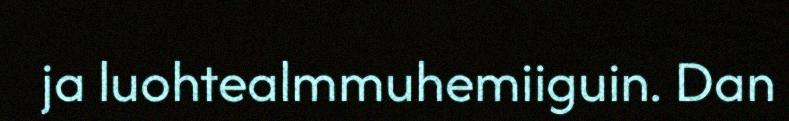
ja luohtealmmuhemiiguin. Dan